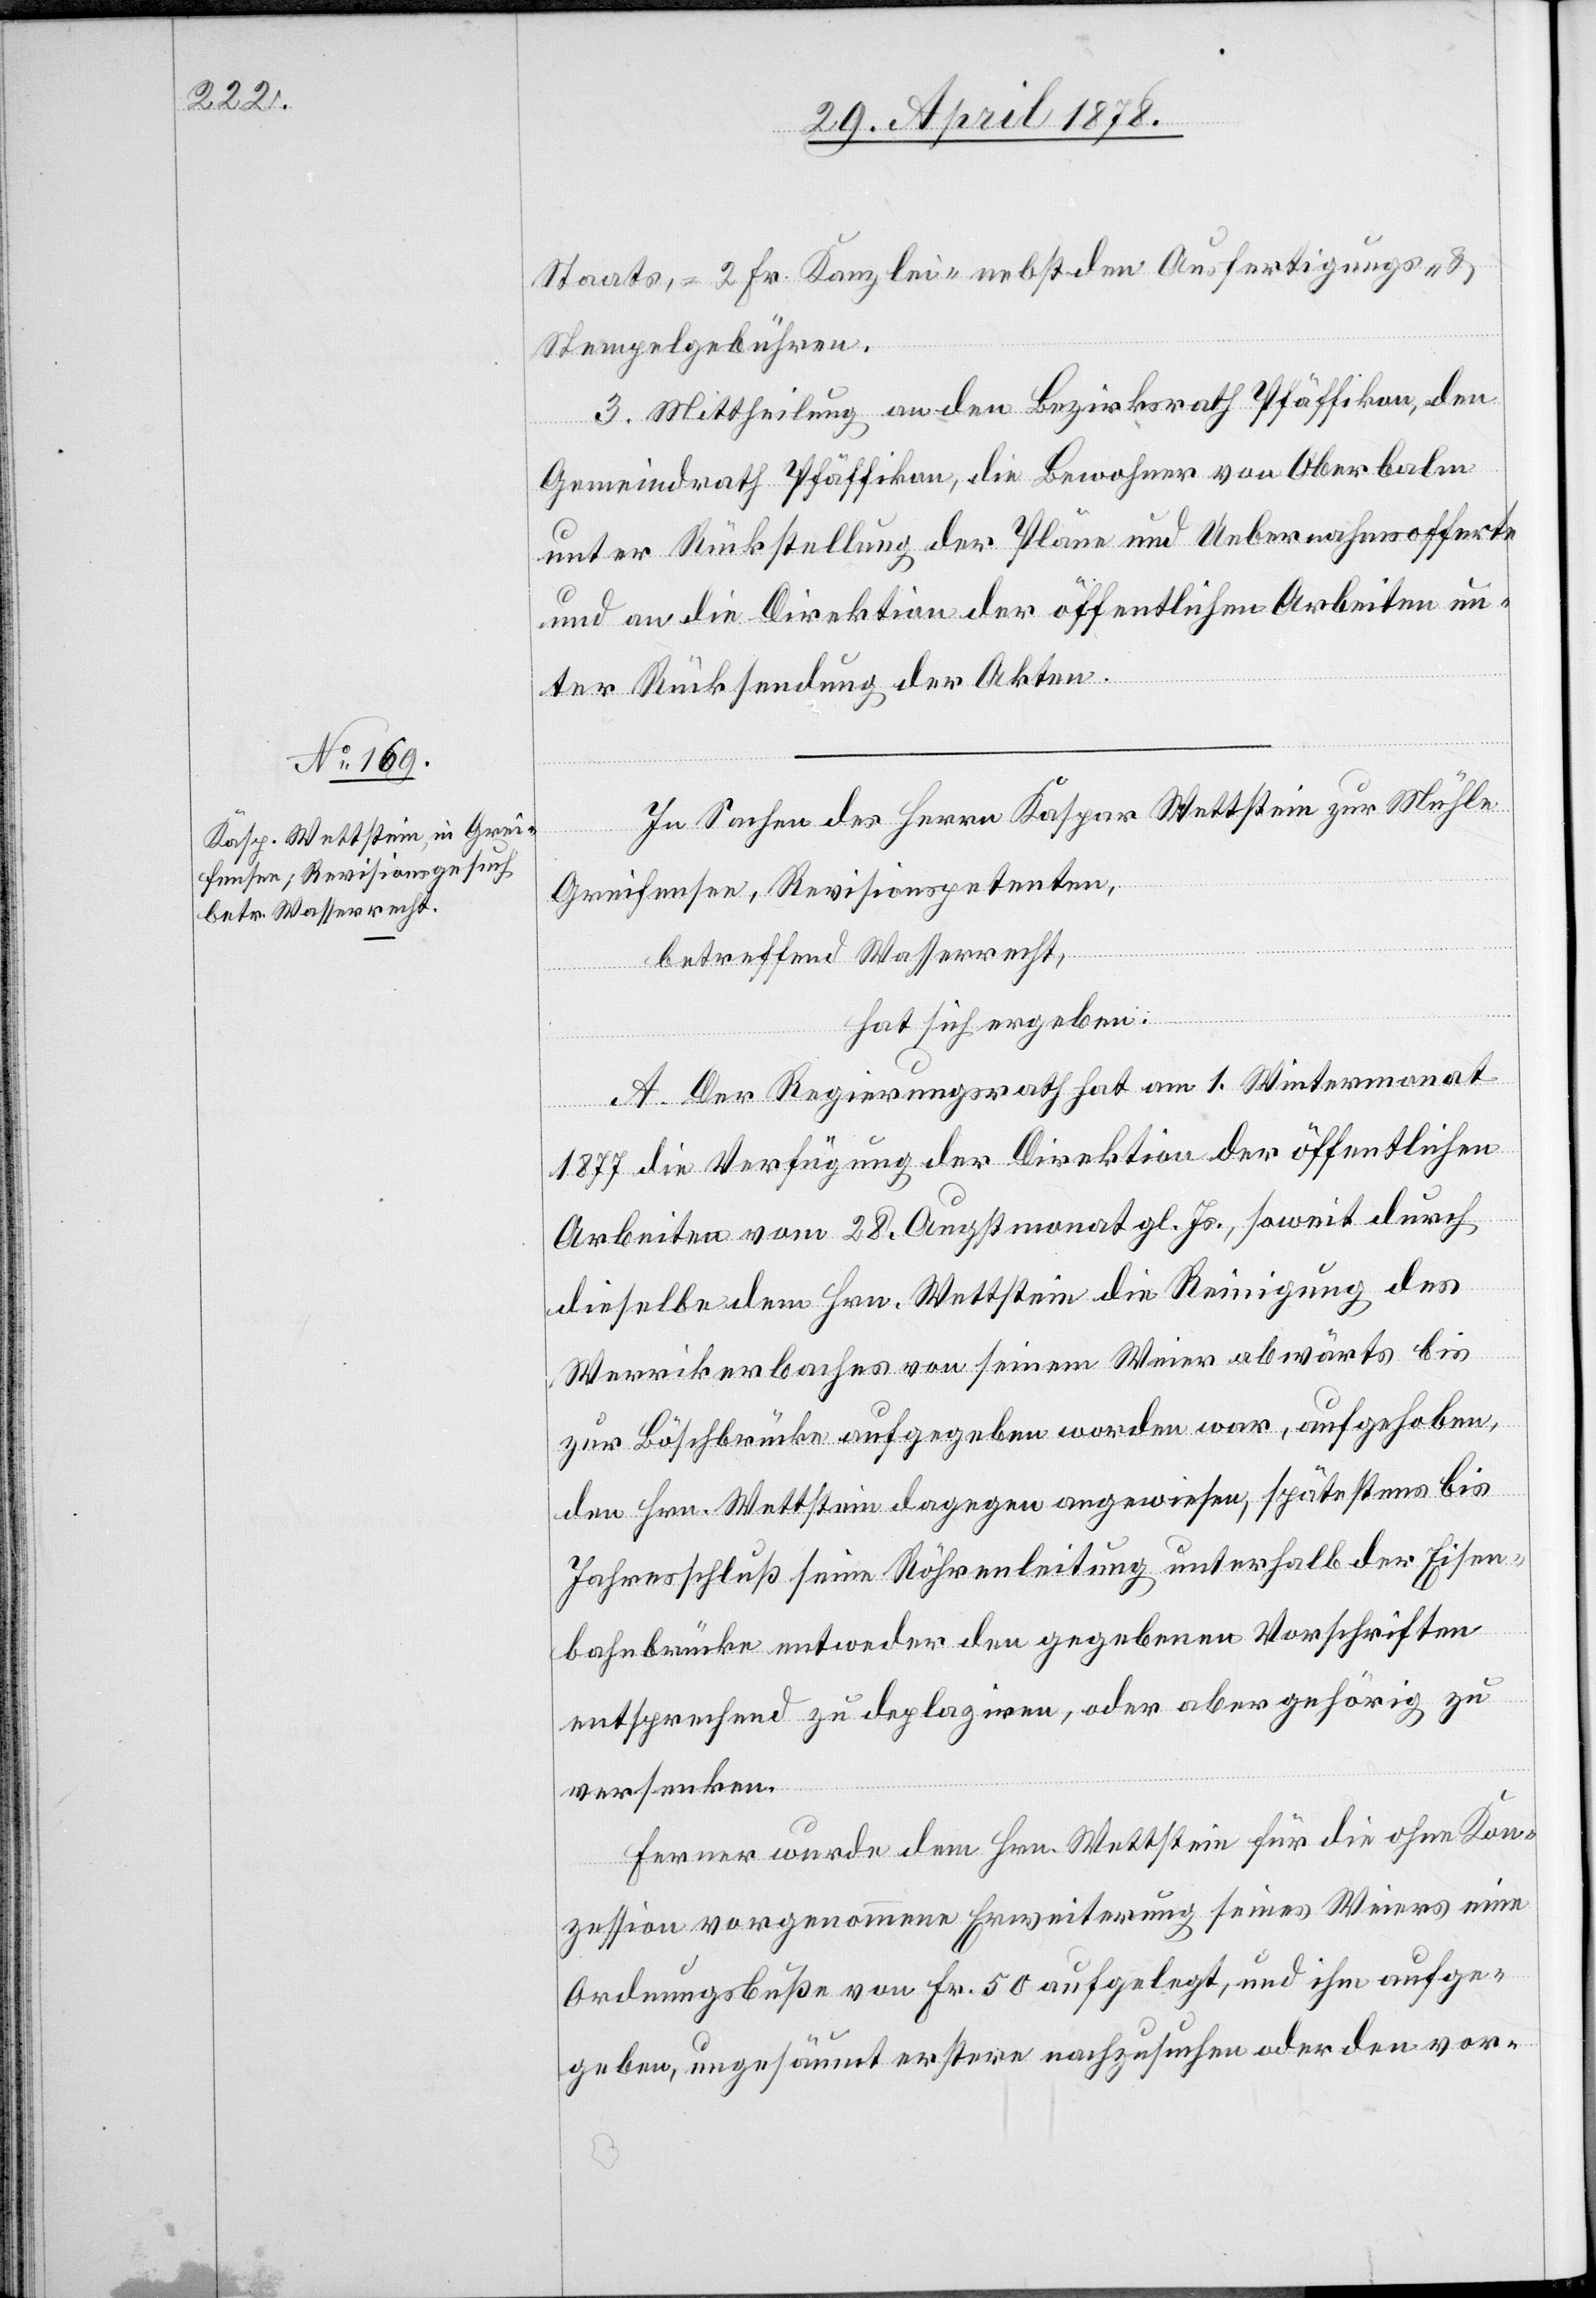
Staats-, 2 Fr. Kanzlei- nebst den Ausfertigungs- &
Stempelgebühren.
3. Mittheilung an den Bezirksrath Pfäffikon, den
Gemeindrath Pfäffikon, die Bewohner von Oberbalm
unter Rückstellung der Pläne und Uebernahmsofferte
und an die Direktion der öffentlichen Arbeiten un¬
ter Rücksendung der Akten.
In Sachen des Herrn Kaspar Wettstein zur Mühle
Greifensee, Revisionspetenten,
betreffend Wasserrecht,
hat sich ergeben:
A. Der Regierungsrath hat am 1. Wintermonat
1877 die Verfügung der Direktion der öffentlichen
Arbeiten vom 28. Augstmonat gl. Js., soweit durch
dieselbe dem Hrn. Wettstein die Reinigung des
Werrikerbaches von seinem Weier abwärts bis
zur Böschbrücke aufgegeben worden war, aufgehoben,
den Hrn. Wettstein dagegen angewiesen, spätestens bis
Jahresschluß seine Röhrenleitung unterhalb der Eisen¬
bahnbrücke entweder den gegebenen Vorschriften
entsprechend zu deplaziren, oder aber gehörig zu
versenken.
Ferner wurde dem Hrn. Wettstein für die ohne Kon¬
zession vorgenommene Erweiterung seines Weiers eine
Ordnungsbuße von Fr. 50 aufgelegt, und ihm aufge¬
geben, ungesäumt erstere nachzusuchen oder den vor-